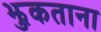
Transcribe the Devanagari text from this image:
झुकताना